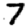
Digit: 7